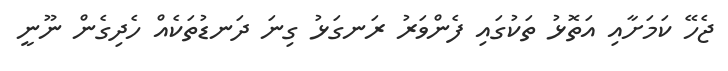
ޖެހޭ ކަމަށާއި އަތޮޅު ތަކުގައި ފެންވަރު ރަނގަޅު ގިނަ ދަނޑުތަކެއް ހެދިގެން ނޫނީ